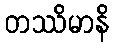
တဿိမာနိ